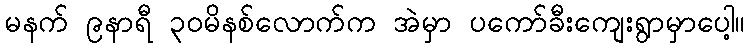
မနက် ၉နာရီ ၃ဝမိနစ်လောက်က အဲမှာ ပကော်ခီးကျေးရွာမှာပေါ့။